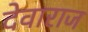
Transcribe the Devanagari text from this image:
देवाराज